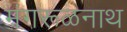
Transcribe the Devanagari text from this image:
मंगरूळनाथ